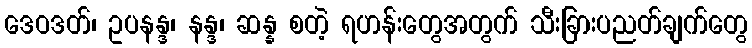
ဒေဝဒတ်၊ ဥပနန္ဒ၊ နန္ဒ၊ ဆန္န စတဲ့ ရဟန်းတွေအတွက် သီးခြားပညတ်ချက်တွေ